Indian journal of veterinary science and animal husbandry - Volume 14,
Year: 1944
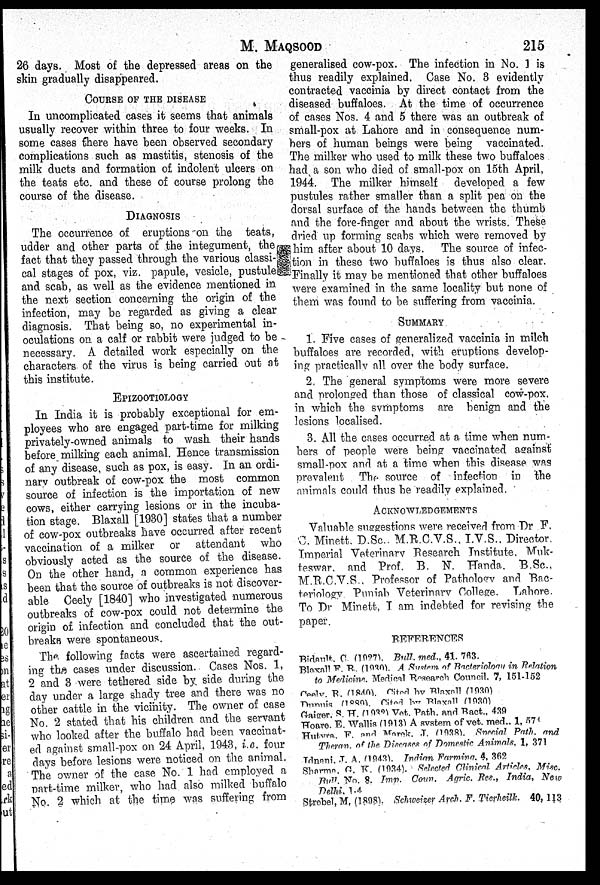
M.
MAQSOOD
215
26 days. Most of the depressed areas on the
skin gradually disappeared.
COURSE OF THE DISEASE
In uncomplicated cases it seems that animals
usually recover within three to four weeks. In
some cases there have been observed secondary
complications such as mastitis, stenosis of the
milk ducts and formation of indolent ulcers on
the teats etc. and these of course prolong the
course of the disease.
DIAGNOSIS
The occurrence of eruptions on the teats,
udder and other parts of the integument, the
fact that they passed through the various classi-
cal stages of pox, viz. papule, vesicle, pustule
and scab, as well as the evidence mentioned in
the next section concerning the origin of the
infection, may be regarded as giving a clear
diagnosis. That being so, no experimental in-
oculations on a calf or rabbit were judged to be
necessary. A detailed work especially on the
characters of the virus is being carried out at
this institute.
EPIZOOTIOLOGY
In India it is probably exceptional for em-
ployees who are engaged part-time for milking
privately-owned animals to wash their hands
before milking each animal. Hence transmission
of any disease, such as pox, is easy. In an ordi-
nary outbreak of cow-pox the most common
source of infection is the importation of new
cows, either carrying lesions or in the incuba-
tion stage. Blaxall [1930] states that a number
of cow-pox outbreaks have occurred after recent
vaccination of a milker or attendant who
obviously acted as the source of the disease.
On the other hand, a common experience has
been that the source of outbreaks is not discover-
able Ceely [1840] who investigated numerous
outbreaks of cow-pox could not determine the
origin of infection and concluded that the out-
breaks were spontaneous.
The following facts were ascertained regard-
ing the cases under discussion. Cases Nos. 1,
2 and 3 were tethered side by side during the
day under a large shady tree and there was no
other cattle in the vicinity. The owner of case
No. 2 stated that his children and the servant
who looked after the buffalo had been vaccinat-
ed against small-pox on 24 April, 1943, i.e. four
days before lesions were noticed on the animal.
The owner of the case No. 1 had employed a
part-time milker, who had also milked buffalo
No. 2 which at the time was suffering from
generalised cow-pox. The infection in No. 1 is
thus readily explained. Case No. 3 evidently
contracted vaccinia by direct contact from the
diseased buffaloes. At the time of occurrence
of cases Nos. 4 and 5 there was an outbreak of
small-pox at Lahore and in consequence num-
bers of human beings were being vaccinated.
The milker who used to milk these two buffaloes
had a son who died of small-pox on 15th April,
1944. The milker himself
developed a few
pustules rather smaller than a split pea on the
dorsal surface of the hands between the thumb
and the fore-finger and about the wrists. These
dried up forming scabs which were removed by
him after about 10 days. The source of infec-
tion in these two buffaloes is thus also clear.
Finally it may be mentioned that other buffaloes
were examined in the same locality but none of
them was found to be suffering from vaccinia.
SUMMARY
1. Five cases of generalized vaccinia in milch
buffaloes are recorded, with eruptions develop-
ing practically all over the body surface.
2. The general symptoms were more severe
and prolonged than those of classical cow-pox,
in which the symptoms are benign and the
lesions localised.
3. All the cases occurred at a time when num-
bers of people were being vaccinated against
small-pox and at a time when this disease was
prevalent The source of infection in the
animals could thus be readily explained.
ACKNOWLEDGEMENTS
Valuable suggestions were received from Dr F.
C. Minett. D.Sc., M.R.C.V.S., I.V.S., Director.
Imperial Veterinary Research Institute. Muk-
teswar. and Prof. B. N. Handa. B.Sc.,
M.R.C.V.S., Professor of Pathology and Bac-
teriology Punjab Veterinary College. Lahore.
To Dr Minett, I am indebted for revising the
paper.
REFERENCES
Bidault C. (1927). Bull. med., 41. 763.
Blaxall F. R., (1930). A System of Bacteriology in Relation
to Medicine. Medical Research Council. 7, 151-152
Ceely. R. (1840). Cited by Blaxall (1930)
Dunuis (1840). Cited by Blaxall (1930)
Gaiger. S. H. (1932) Vet. Path. and Bact., 439
Hoare. E. Wallis (1913) A system of vet. med., 1, 574
Hutyra. F. and Marek. J. (1938). Special Path. and
Theran, of the Diseases of Domestic Animals, 1, 371
Idnani, J. A. (1943). Indian Farming. 4, 362
Sharma. G. K. (1934). Selected Clinical Articles, Misc.
Bull. No. 8. Imp. Coun. Agric. Res., India,
New
Delhi, 1-4
Strebel, M. (1898). Schweizer Arch. F. Tierheilk.
40, 113